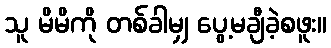
သူ မိမိကို တစ်ခါမျှ ပွေ့မချီခဲ့စဖူး။